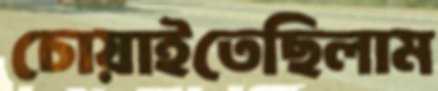
চোয়াইতেছিলাম